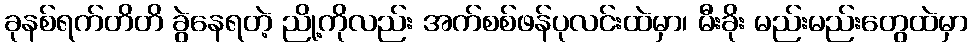
ခုနစ်ရက်တိတိ ခွဲနေရတဲ့ ညို့ကိုလည်း အက်စစ်ဖန်ပုလင်းထဲမှာ၊ မီးခိုး မည်းမည်းတွေထဲမှာ